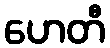
ဟေတီ